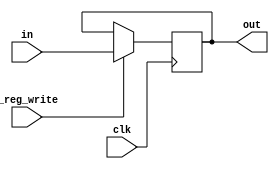
module Register_with_write(
	input [15:0] in,
	output reg [15:0] out,
	input _reg_write,
	input clk
	);

	initial
	begin
		out <= 16'b0;
	end

	always @ (posedge clk)
	begin
		if (_reg_write)
		  out <= in;
	end
endmodule